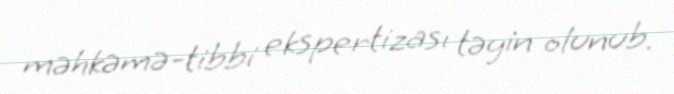
məhkəmə-tibbi ekspertizası təyin olunub.